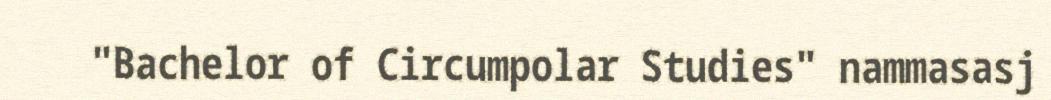
"Bachelor of Circumpolar Studies" nammasasj